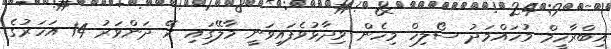
އިބްރާހީމް މުހައްމަދު ސޯލިހް މިހެން ވިދާޅުވެފައިވަނީ މާލޭގައި ރޭ ދަންވަރު 14 އަހަރުގެ